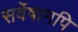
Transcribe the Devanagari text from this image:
सर्वेषामपि